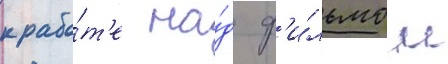
к рабо́т'е на́д ф'и́льмом